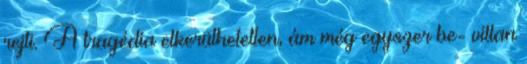
rejti. A tragédia elkerülhetetlen, ám még egyszer be- villan